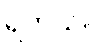
ရတယ်။